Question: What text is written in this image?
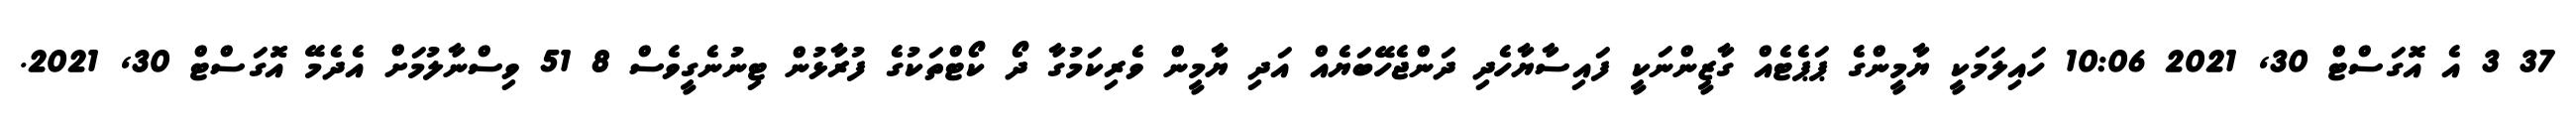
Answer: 37 3 އެ އޮގަސްޓް 30, 2021 10:06 ހައިލަމަކީ ޔާމީންގެ ޕަޕެޓެއް ގާޒީންނަކީ ފައިސާޔާހެދި ދަންޖެހޭބަޔެއް އަދި ޔާމީން ވެރިކަމުގާ ދޯ ކޯޓްތަކުގެ ފުރާޅުން ޓިނުނެގީވެސް 8 51 ވިސްނާލުމަށް އެދެމޭ އޮގަސްޓް 30, 2021.